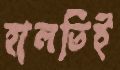
হালতিই